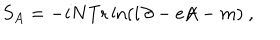
S _ { A } = - i N \mathrm { T r } \ln ( i { \not \! \partial } - e { \not \! \! A } - m ) ~ ,